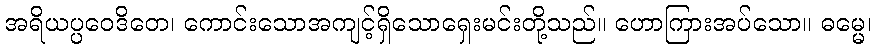
အရိယပ္ပဝေဒိတေ၊ ကောင်းသောအကျင့်ရှိသောရှေးမင်းတို့သည်။ ဟောကြားအပ်သော။ ဓမ္မေ၊